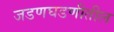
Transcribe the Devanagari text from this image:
जडणघडणीतील